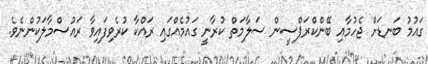
ގައުމު ބަނޑަށް ޖެހުމާއި ބޭންކްރަޕްސީން ސަލާމަތް ކުރާނީ ގައުމެއްގައި ރައްކާ ކުރެވިފައިވާ ރައުސްމާލަކުންނެވެ.